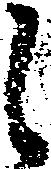
候